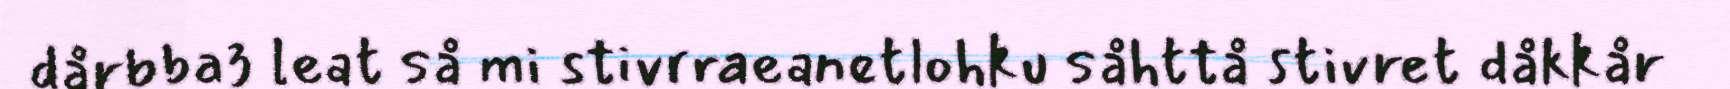
dårbba3 leat så mi stivrraeanetlohku såhttå stivret dåkkår